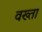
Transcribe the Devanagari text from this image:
वख्‍ता